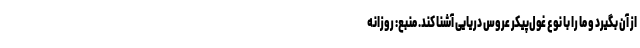
از آن بگیرد و ما را با نوع غول‌پیکر عروس دریایی آشنا کند. منبع: روزانه